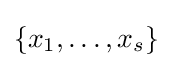
\{x_{1},\dots ,x_{s}\}